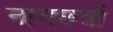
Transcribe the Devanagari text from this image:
नागछत्रों